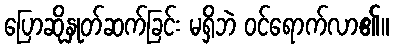
ပြောဆိုနှုတ်ဆက်ခြင်း မရှိဘဲ ဝင်ရောက်လာ၏။